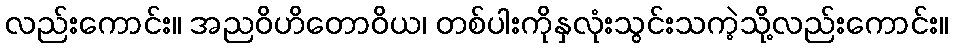
လည်းကောင်း။ အညဝိဟိတောဝိယ၊ တစ်ပါးကိုနှလုံးသွင်းသကဲ့သို့လည်းကောင်း။